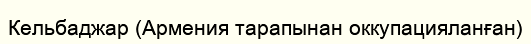
Кельбаджар (Армения тарапынан оккупацияланған)